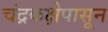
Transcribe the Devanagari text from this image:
चंद्रकक्षेपासून